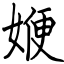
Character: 㛹